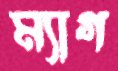
ম্যাগ